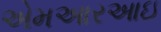
એમઆરઆઇ